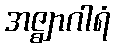
အဇ္ဈာဂါရံ